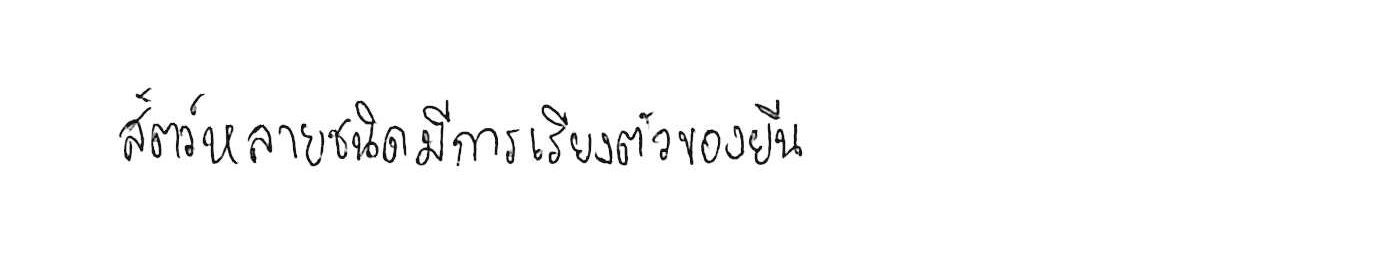
สัตว์หลายชนิดมีการเรียงตัวของยีน